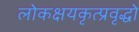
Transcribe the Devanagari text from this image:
लोकक्षयकृत्प्रवृद्धो